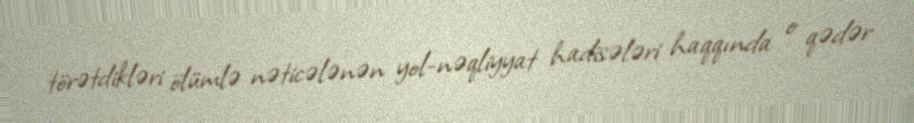
törətdikləri ölümlə nəticələnən yol-nəqliyyat hadisələri haqqında o qədər